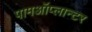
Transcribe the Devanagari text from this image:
पामऑप्लान्टर